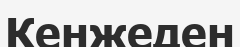
Кенжеден